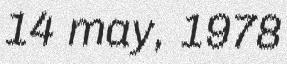
14 may, 1978